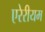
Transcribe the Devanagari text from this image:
एरेरीयम